Senior Leaving Certificate Examination (including Day School Certificate (Higher) General paper), 1950
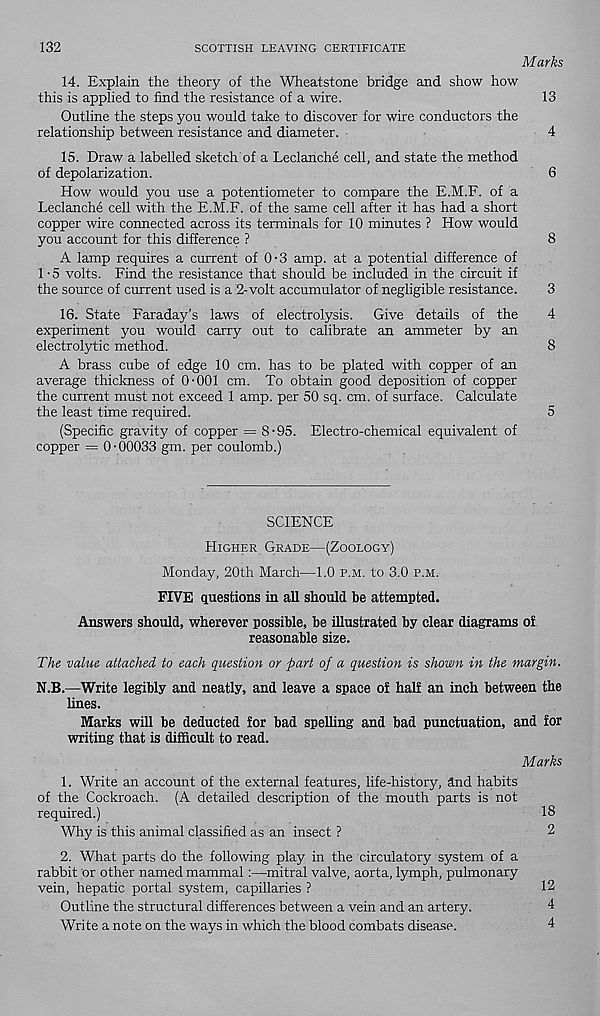
132
SCOTTISH LEAVING CERTIFICATE
Marks
14. Explain the theory of the Wheatstone bridge and show how
this is applied to find the resistance of a wire.
13
Outline the steps you would take to discover for wire conductors the
relationship between resistance and diameter.
4
15. Draw a labelled sketch of a Leclanche cell, and state the method
of depolarization.
6
How would you use a potentiometer to compare the E.M.F. of a
Leclanche cell with the E.M.F. of the same cell after it has had a short
copper wire connected across its terminals for 10 minutes ? How would
you account for this difference ?
8
A lamp requires a current of 0-3 amp. at a potential difference of
1 -5 volts. Find the resistance that should be included in the circuit if
the source of current used is a 2-volt accumulator of negligible resistance.
3
16. State Faraday’s laws of electrolysis. Give details of the
4
experiment you would carry out to calibrate an ammeter by an
electrolytic method.
8
A brass cube of edge 10 cm. has to be plated with copper of an
average thickness of 0-001 cm. To obtain good deposition of copper
the current must not exceed 1 amp. per 50 sq. cm. of surface. Calculate
the least time required.
5
(Specific gravity of copper = 8-95. Electro-chemical equivalent of
copper = 0-00033 gm. per coulomb.)
SCIENCE
Higher Grade—(Zoology)
Monday, 20th March—1.0 p.m. to 3.0 p.m.
FIVE questions in all should be attempted.
Answers should, wherever possible, be illustrated by clear diagrams of
reasonable size.
The value attached to each question or part of a question is shown in the margin.
N.B.—Write legibly and neatly, and leave a space of half an inch between the
lines.
Marks will be deducted for bad spelling and bad punctuation, and for
writing that is difficult to read.
Marks
1. Write an account of the external features, life-history, and habits
of the Cockroach. (A detailed description of the mouth parts is not
required.)
18
Why is this animal classified as an insect ?
2
2. What parts do the following play in the circulatory system of a
rabbit or other named mammal:—mitral valve, aorta, lymph, pulmonary
vein, hepatic portal system, capillaries ?
12
Outline the structural differences between a vein and an artery.
4
Write a note on the ways in which the blood combats disease.
4